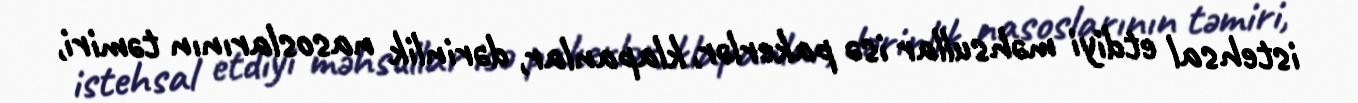
istehsal etdiyi məhsullar isə pakerlər, klapanlar, dərinlik nasoslarının təmiri,